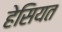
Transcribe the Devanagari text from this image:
हेसियत